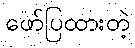
ဖော်ပြထားတဲ့